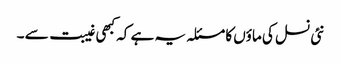
نئی نسل کی ماؤں کا مسئلہ یہ ہے کہ کبھی غیبت سے ۔